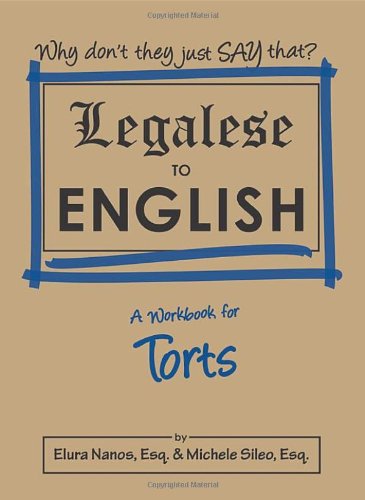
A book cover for Legalese to English: Torts; Elura Nanos; Law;